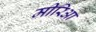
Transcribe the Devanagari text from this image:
मीरिआ